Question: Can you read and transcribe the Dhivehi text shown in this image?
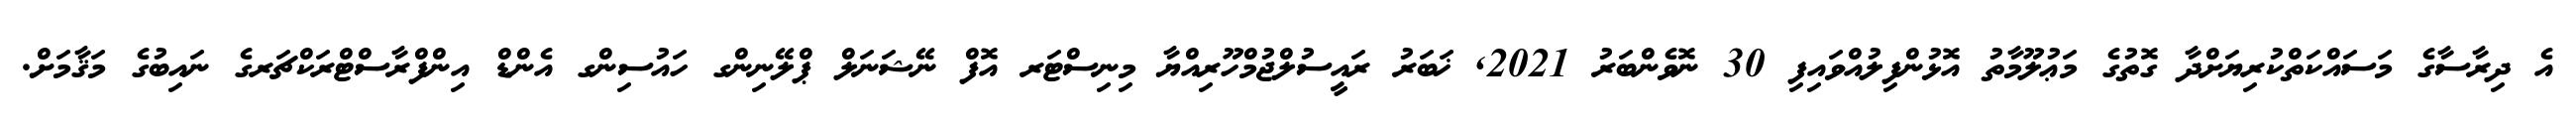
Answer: އެ ދިރާސާގެ މަސައްކަތްކުރިޔަށްދާ ގޮތުގެ މަޢުލޫމާތު އޮޅުންފިލުއްވައިފި 30 ނޮވެންބަރު 2021, ޚަބަރު ރައީސުލްޖުމްހޫރިއްޔާ މިނިސްޓަރ އޮފް ނޭޝަނަލް ޕްލޭނިންގ ހައުސިންގ އެންޑް އިންފްރާސްޓްރަކްޗަރގެ ނައިބުގެ މަޤާމަށް.